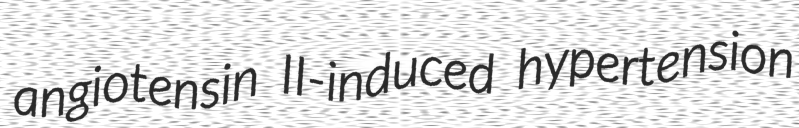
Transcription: angiotensin II-induced hypertension